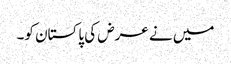
میں نے عرض کی پاکستان کو۔